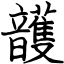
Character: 頀